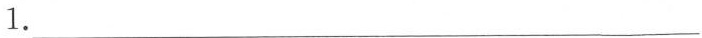
1.___